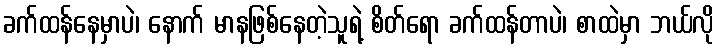
ခက်ထန်နေမှာပဲ၊ နောက် မာနဖြစ်နေတဲ့သူရဲ့ စိတ်ရော ခက်ထန်တာပဲ၊ စာထဲမှာ ဘယ်လို